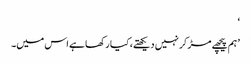
‘
’ ہم پیچھے مڑ کر نہیں دیکھتے، کیا رکھا ہے اس میں۔